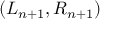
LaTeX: ( L _ { n + 1 } , R _ { n + 1 } )